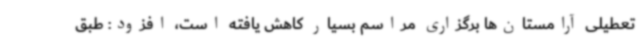
تعطیلی آرامستان‌ها برگزاری مراسم بسیار کاهش یافته است، افزود: طبق